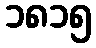
၁၈၁၅